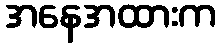
အနေအထားက